Vaccination in Bombay 1889-1901 - 1889-1901
Year: 1889
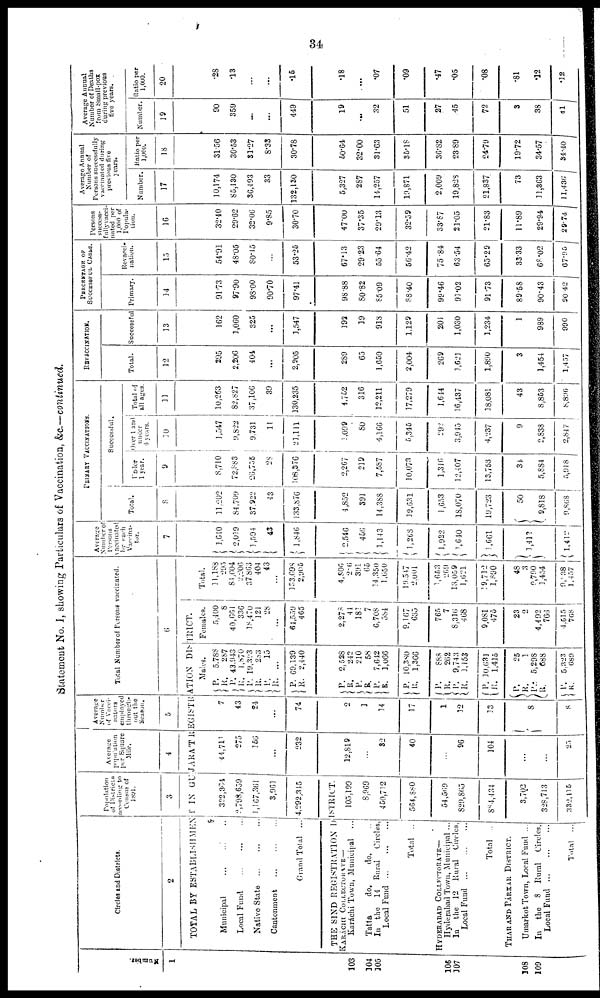
34
Statement No. I, showing Particulars of Vaccination, &c—continued.
Number.
1
103
104
105
106
107
108
109
Circles and Districts.
2
Population
of Districts
according to
Census of
1891.
3
Average
population
per Square
Mile.
4
Average
Number
of Vacci-
nators
employed
through-
out the
Season.
5
Total Number of Persons vaccinated.
6
TOTAL BY ESTABLISHMENT IN GUJARA'T REGISTRATION
DISTRICT.
Municipal ... ... ...
Local Fund
...
...
...
Native State
...
...
...
Cantonment
...
...
...
Grand Total ...
322,364
2,798,659
1,167,361
3,961
4,292,345
THE SIND REGISTRATION DISTRICT.
KARÁCHI COLLECTORATE—
Karáchi Town, Municipal ...
Tatta
do.
do. ...
In the 14 Rural
Circles,
Local Fund
...
...
...
Total ..
HYDERABAD COLLECTORATE—
Hyderabad Town, Municipal ...
In
the 12 Rural
Circles,
Local Fund
...
...
...
Total ..
THAR AND PÁRKAR DISTRICT.
Umarkot Town, Local Fund ...
In
the 8 Rural
Circles,
Local Fund
...
...
...
Total
...
105,199
8,969
450,712
564,880
54,569
829,865
884,434
3,702
328,713
332,115
44,711
275
166
...
232
12,819
...
82
40
...
96
104
...
...
25
7
43
24
...
74
2
1
14
17
1
12
13
8
8
Males.
P.
R.
P.
R.
P.
R. P.
R.
P.
R.
P.
R.
P.
R.
P.
R.
P
R.
P.
R.
P.
R.
P.
R.
P.
R.
P.
R.
P.
R.
5,788
287
43,943
1,870
19,393
283
15
...
69,139
2,440
2,528 242
210
58
7,642
1,066
10,380
1,366
888 262
9,743
1,153
10,631
1,415
25
1
5,298
688
5,323
689
Females.
5,400
8
40,661
336
18,470
121
28
...
64,559
465
2,278
41
181
7
6,708
584
9,167
635
765
7
8,316
468
9,081
475
23
2
4,492
766
4,515
768
Total.
11,188
295
81,604
2,206
37,863
404
43
...
133,698
2,905
4806 206
391
65
14,350
1,650
19,547
2,001
1,653 209
18,059
1,621
19,712
1,890
48
3
9,790
1,454
9,038
l,457
Average
Number
Persons
vaccinated
by each
Vaccina-
tor.
7
1,610
2,019
1,594
43
1,846
2,546
456
1,143
1,268
1,922
1,640
1,661
1,412
1,412
PRIMARY VACCINATIONS.
Total.
8
11,202
84,709
37,922
43
133,876
4,852
391
14,388
19,631
1,653
18,070
19,723
50
9,818
9,868
Successful.
Under
1 year.
9
8,710
72,883
26,755
28
108,376
2,267
219
7,587
10,073
1,316
12,407
13,753
34
5,884
5,918
Over 1 and
under
6 years.
10
1,547
9,822
9,731
11
21,111
1,099
80
4,166
5,345
292
3,945
4,237
9
2,838
2,847
Total of
all ages
11
10,263
82,827
37,106
39
130,235
4,752
316
12,211
37,279
1,644
16,437
18,081
43
8,853
8,896
REVACCINATION.
Total.
12
295
2,206
404
...
2,905
289
65
1,650
2,004
269
1,621
1,890
3
1,454
1,457
Successful
13
162
1,060
325
...
1,547
192
19
918
1,129
201
1,030
1,234
1
989
990
PERCENTAGE OF
SUCCESSFUL CASES.
Primary.
14
91.73
97.90
98.00
90.70
97.41
98.88
80.82
85.09
88.40
99.46
91.02
91.73
89.58
90.43
90.42
Revacci-
nation.
15
54.91
48.05
80.15
...
53.25
67.13
29.23
55.64
56.42
75.84
63.54
65.29
33.33
68.02
67.95
Persons
success-
fully vacci-
nated per
1,000 of
Popula-
tion.
16
32.40
29.62
32.06
9.85
30.70
47.00
37.35
29.13
32.59
33.87
21.05
21.83
11.89
29.94
29.74
Average Annual
Number of
Persons successfully
vaccinated during
previous five
years.
Number
17
10,174
85,430
36,493
33
132,130
5,327
287
14,257
19,871
2,009
19,828
21,837
73
11,363
11,436
Ratio per
1,000.
18
31.56
30.53
31.27
8.33
30.78
60.64
32.00
31.63
35.18
36.82
23.89
24.79
19.72
34.57
34.40
Average Annual
Number of Deaths
from Small-pox
during previous
five years.
Number.
19
90
359
...
...
449
19
...
32
51
27
45
72
3
38
41
Ratio per
1,000.
20
.28
.13
...
...
.15
.18
...
.07
.09
.47
.05
.08
.81
.12
.12